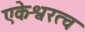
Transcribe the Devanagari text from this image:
एकेश्वरत्व